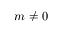
m \ne 0